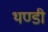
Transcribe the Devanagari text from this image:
थण्डी